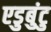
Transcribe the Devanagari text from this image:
एडुबुंटु